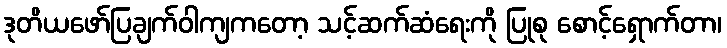
ဒုတိယဖော်ပြချက်ဝါကျကတော့ သင့်ဆက်ဆံရေးကို ပြုစု စောင့်ရှောက်တာ၊